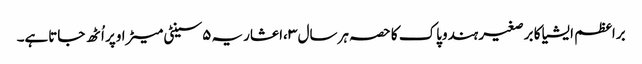
براعظم ایشیا کا برصغیر ہندوپاک کا حصہ ہرسال ۳ ،اعشاریہ ۵سینٹی میٹراوپر اُٹھ جاتاہے۔